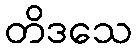
တိဒသေ